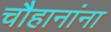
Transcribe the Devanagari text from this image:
चौहानांना